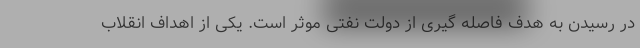
در رسیدن به هدف فاصله گیری از دولت نفتی موثر است. یکی از اهداف انقلاب